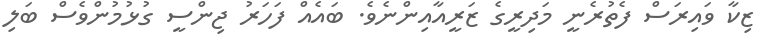
ޒިކާ ވައިރަސް ފެތުރެނީ މަދިރީގެ ޒަރީއާއިންނެވެ. ބައެެއް ފަހަރު ޖިންސީ ގުޅުމުންވެސް ބަލި